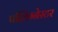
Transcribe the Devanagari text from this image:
पॉलिम्नेस्टर